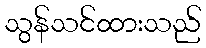
သွန်သင်ထားသည်